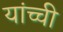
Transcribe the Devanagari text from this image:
यांच्ची